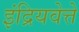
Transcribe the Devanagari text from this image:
इंद्रियवेत्ते